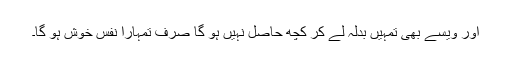
اور ویسے بھی تمہیں بدلہ لے کر کچھ حاصل نہیں ہو گا صرف تمہارا نفس خوش ہو گا۔